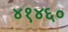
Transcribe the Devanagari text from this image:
४१४६०